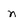
Character: n